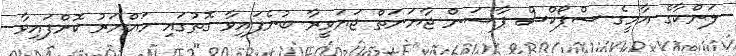
ލަންކާގެ އާމީގެ ސްޕޯކްސް ޕާސަން ޖާޔަނަތް ޖަޔަވީރާ ބުނެފައިވާ ގޮތުގައި ހައްޔަރު ކޮށްފައިވާ